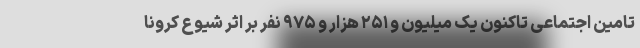
تامین اجتماعی تاکنون یک میلیون و ۲۵۱ هزار و ۹۷۵ نفر بر اثر شیوع کرونا